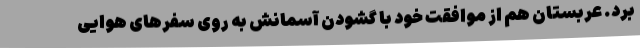
برد. عربستان هم از موافقت خود با گشودن آسمانش به روی سفرهای هوایی